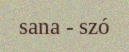
sana - szó